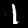
Digit: 1